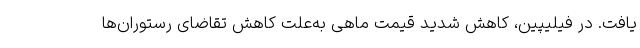
یافت. در فیلیپین، کاهش شدید قیمت ماهی به‌علت کاهش تقاضای رستوران‌ها